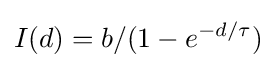
I(d)=b/(1-e^{-d/\tau })